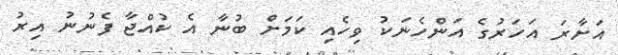
އަށާރަ އަހަރުގެ އަންހެނަކު ވިހެއި ކަމަށް ބުނާ އެ ކުއްޖާ ފެނުނު އިރު